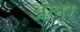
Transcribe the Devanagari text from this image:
ॲलर